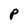
Character: P